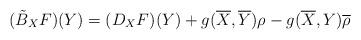
LaTeX: \begin{align*}(\tilde{B}_X{F})(Y)=(D_X{F})(Y)+g(\overline{X},\overline{Y})\rho-g(\overline{X},Y){\overline{\rho}}\end{align*}